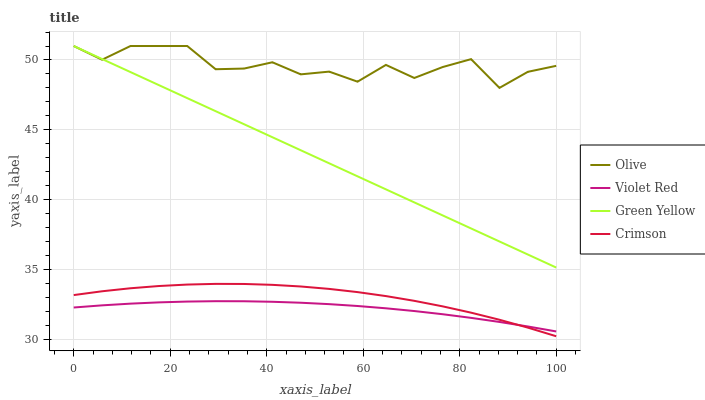
| xaxis_label | Olive | Violet Red | Green Yellow | Crimson |
 | --- | --- | --- | --- | --- |
 | 0 | 51 | 32.3 | 51 | 33.2 |
 | 5.88 | 50 | 32.4 | 50.1 | 33.4 |
 | 11.8 | 51 | 32.5 | 49.1 | 33.6 |
 | 17.6 | 51 | 32.6 | 48.2 | 33.8 |
 | 23.5 | 51 | 32.7 | 47.3 | 33.9 |
 | 29.4 | 49.3 | 32.7 | 46.3 | 34 |
 | 35.3 | 49.4 | 32.7 | 45.4 | 34 |
 | 41.2 | 49.8 | 32.7 | 44.5 | 33.9 |
 | 47.1 | 49 | 32.6 | 43.5 | 33.8 |
 | 52.9 | 49.2 | 32.5 | 42.6 | 33.6 |
 | 58.8 | 48.4 | 32.4 | 41.7 | 33.4 |
 | 64.7 | 49.6 | 32.2 | 40.7 | 33.1 |
 | 70.6 | 48.7 | 32 | 39.8 | 32.7 |
 | 76.5 | 49.5 | 31.8 | 38.9 | 32.4 |
 | 82.4 | 50.1 | 31.5 | 37.9 | 31.9 |
 | 88.2 | 48 | 31.2 | 37 | 31.4 |
 | 94.1 | 49.2 | 30.9 | 36.1 | 30.8 |
 | 100 | 49.6 | 30.6 | 35.1 | 30.2 |